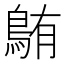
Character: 𫚸